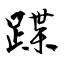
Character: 蹀